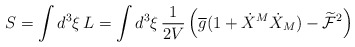
\begin{align*}S = \int d^{3}\xi\,L = \int d^{3}\xi\, \frac{1}{2V}\left(\overline{g}(1+\dot{X}^{M}\dot{X}_{M}) -\widetilde{\mathcal{F}}^{2}\right)\end{align*}